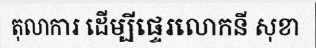
តុលាការ ដើម្បីផ្ទេរលោកនី សុខា